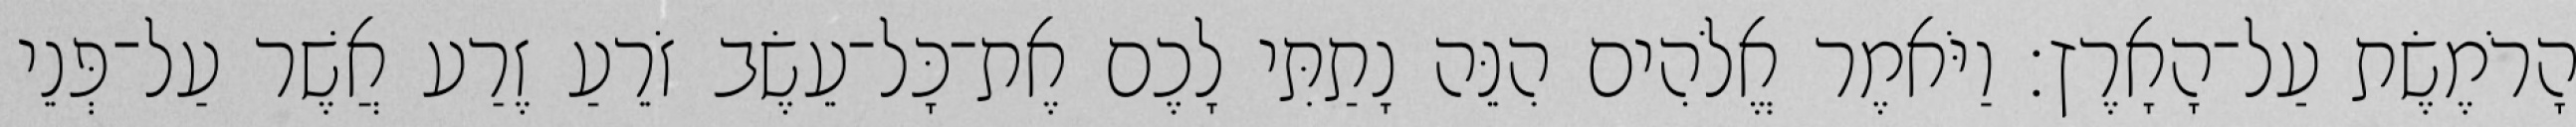
הָרֹמֶשֶׂת עַל־הָאָרֶץ׃ וַיֹּאמֶר אֱלֹהִים הִנֵּה נָתַתִּי לָכֶם אֶת־כָּל־עֵשֶׂב זֹרֵעַ זֶרַע אֲשֶׁר עַל־פְּנֵי